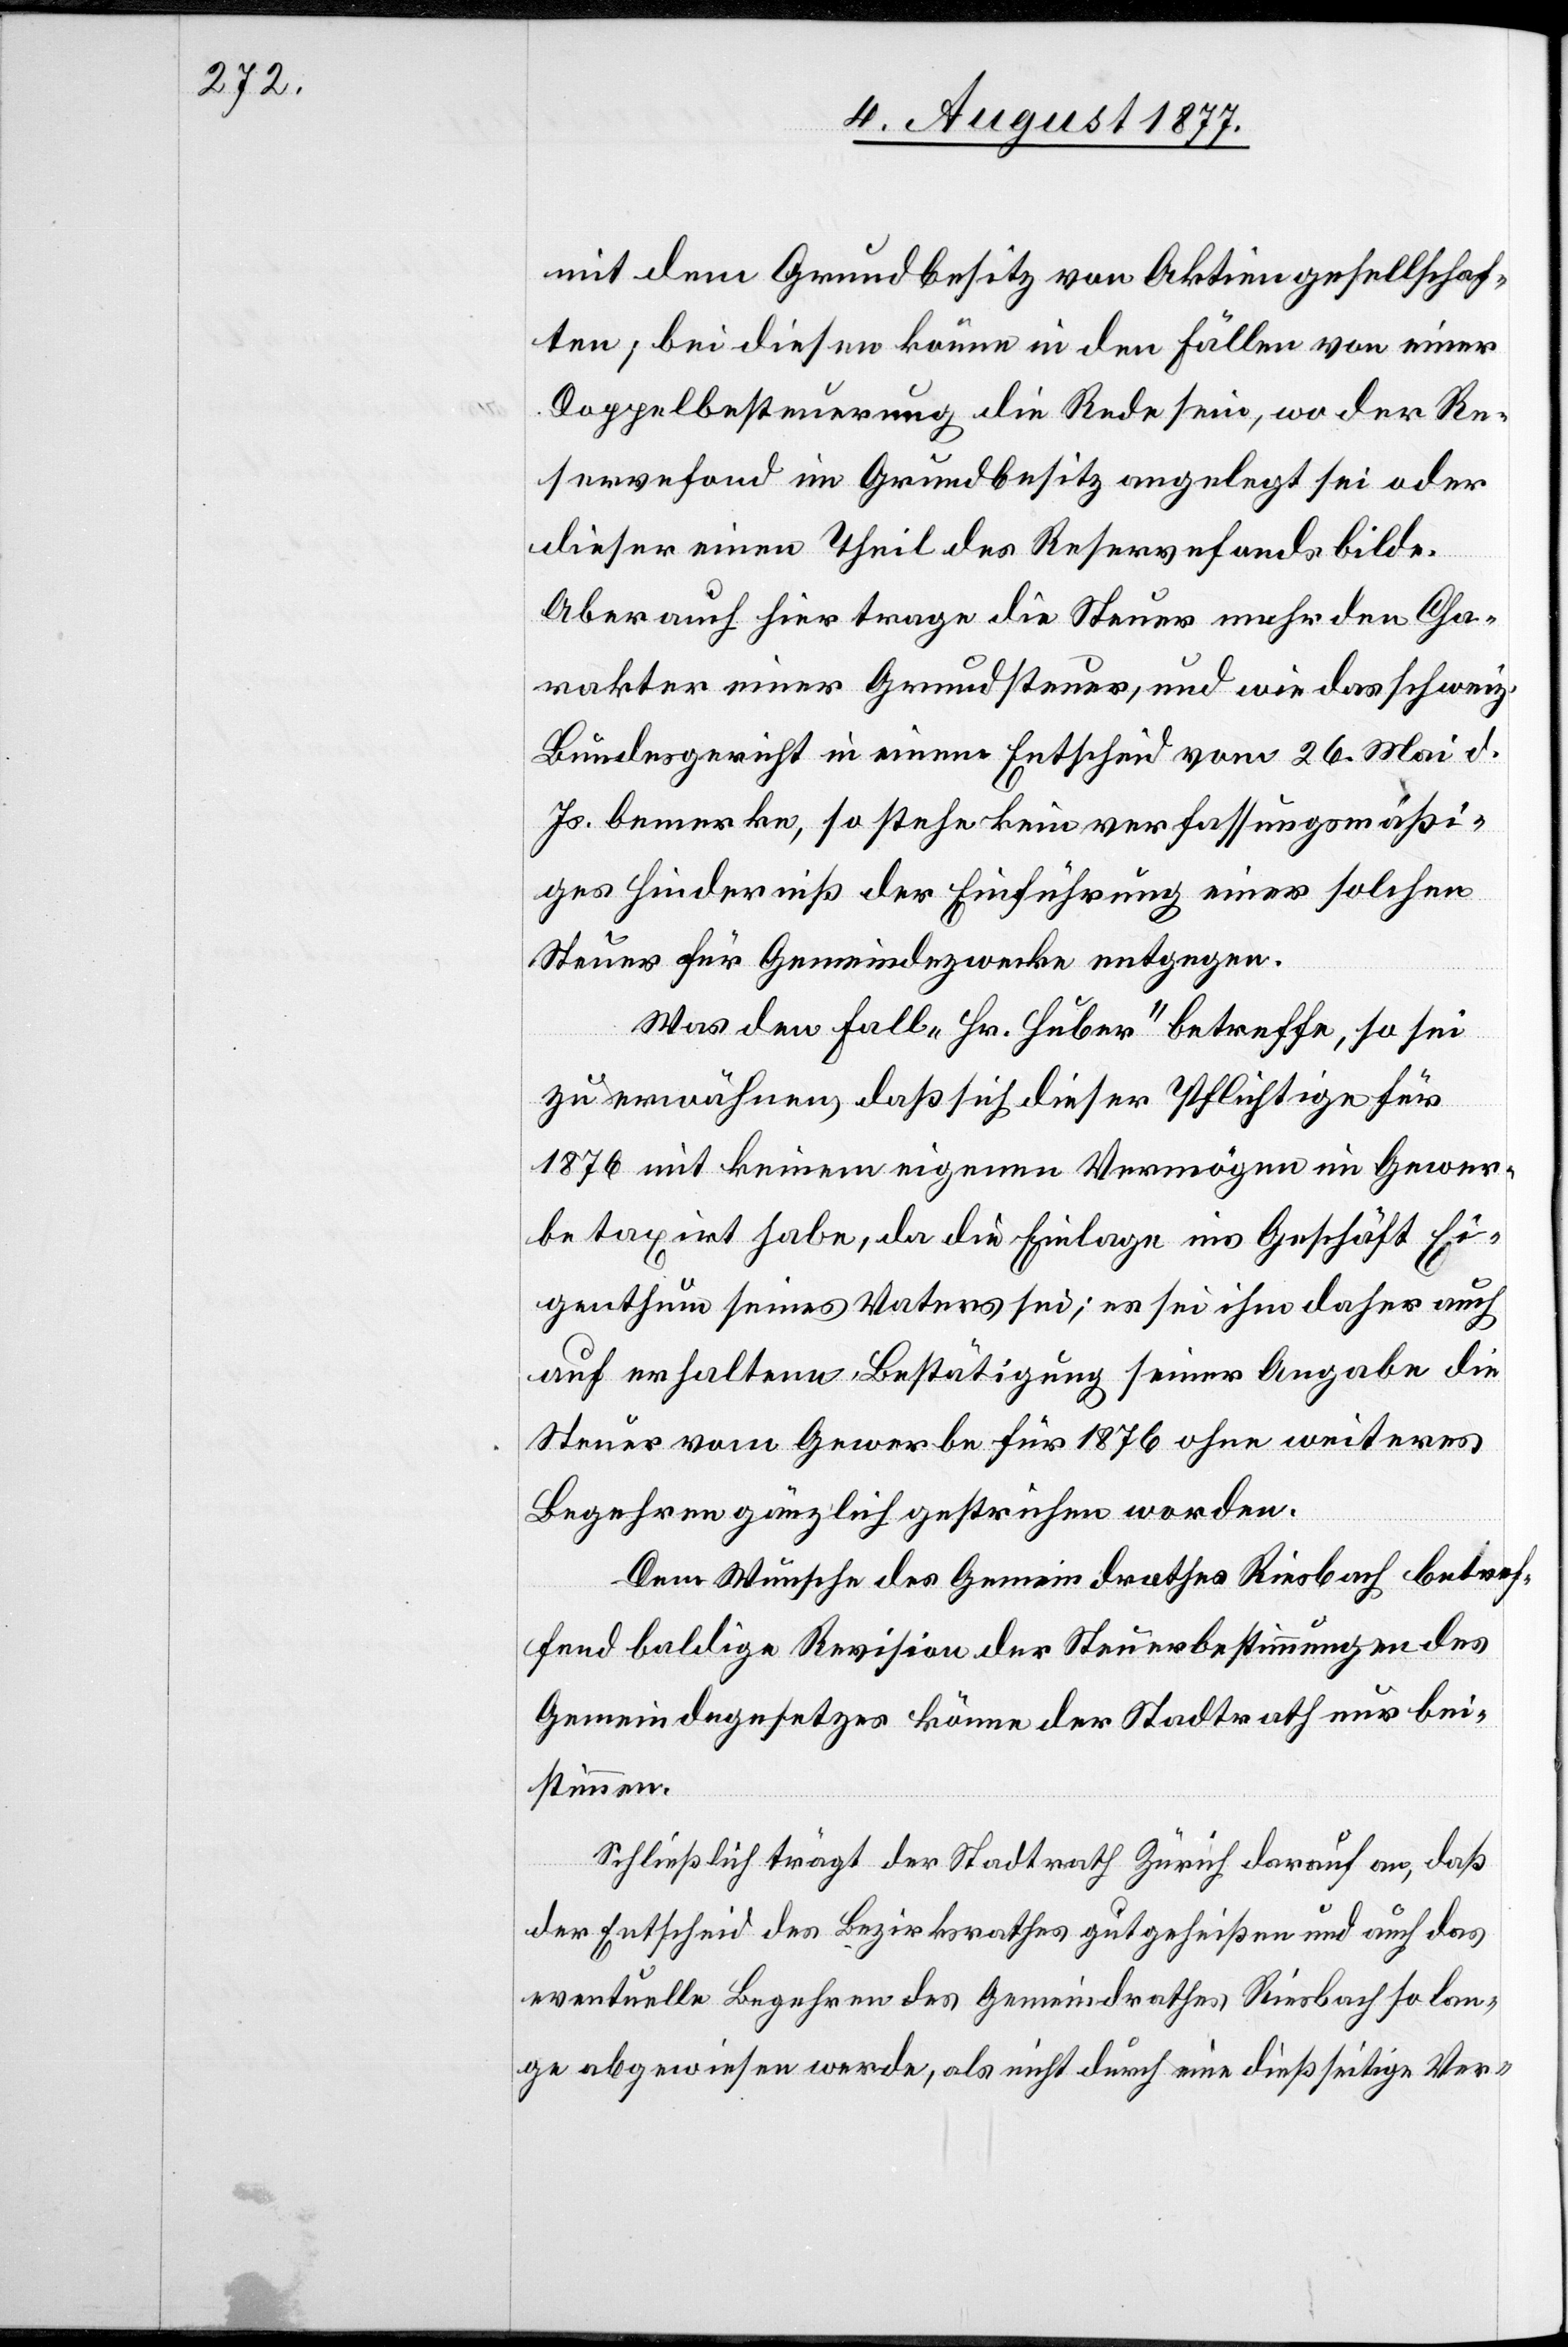
mit dem Grundbesitz von Aktiengesellschaf¬
ten; bei diesen könne in den Fällen von einer
Doppelbesteuerung die Rede sein, wo der Re¬
servefond im Grundbesitz angelegt sei oder
dieser einen Theil des Reservefonds bilde.
Aber auch hier trage die Steuer mehr den Cha¬
rakter einer Grundsteuer, und wie das schweiz.
Bundesgericht in einem Entscheid vom 26. Mai d.
Js. bemerke, so stehe kein verfassungsmäßi¬
ges Hinderniß der Einführung einer solchen
Steuer für Gemeindezwecke entgegen.
Was den Fall „Hr. Huber“ betreffe, so sei
zu erwähnen, daß sich dieser Pflichtige für
1876 mit keinem eigenen Vermögen im Gewer¬
be taxirt habe, da die Einlage ins Geschäft Ei¬
genthum seines Vaters sei; es sei ihm daher auch
auf erhaltene Bestätigung seiner Angabe die
Steuer vom Gewerbe für 1876 ohne weiteres
Begehren gänzlich gestrichen worden.
Dem Wunsche des Gemeindrathes Riesbach betref¬
fend baldige Revision der Steuerbestimmungen des
Gemeindegesetzes könne der Stadtrath nur bei¬
stimmen.
Schließlich trägt der Stadtrath Zürich darauf an, daß
der Entscheid des Bezirksrathes gutgeheißen und auch das
eventuelle Begehren des Gemeindrathes Riesbach so lan¬
ge abgewiesen werde, als nicht durch eine dießseitige Ver-